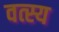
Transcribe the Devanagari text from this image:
वत्स्य